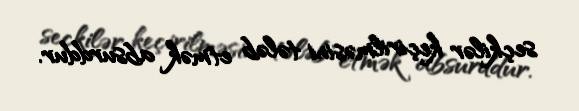
seçkilər keçirilməsini tələb etmək absurddur.